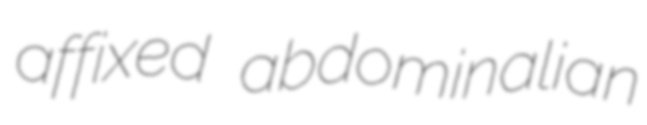
affixed abdominalian